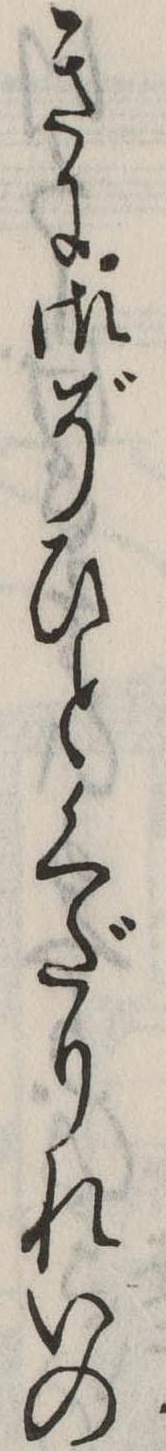
きに御ぞひとくだりれいの